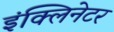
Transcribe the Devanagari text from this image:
इंक्लिनेटर